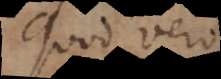
Quod vero